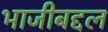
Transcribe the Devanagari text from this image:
भाजीबद्दल